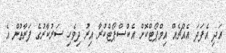
އަދި އެފަދަ އެއްޗެއް އިމްޕޯޓްކޮށް އެކްސްޕޯޓްކުރާ އިރު ދިވެހި ސަރުކާރުގެ ފަރާތުން އެ